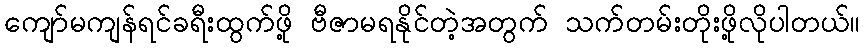
ကျော်မကျန်ရင်ခရီးထွက်ဖို့ ဗီဇာမရနိုင်တဲ့အတွက် သက်တမ်းတိုးဖို့လိုပါတယ်။